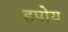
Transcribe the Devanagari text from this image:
हपोय